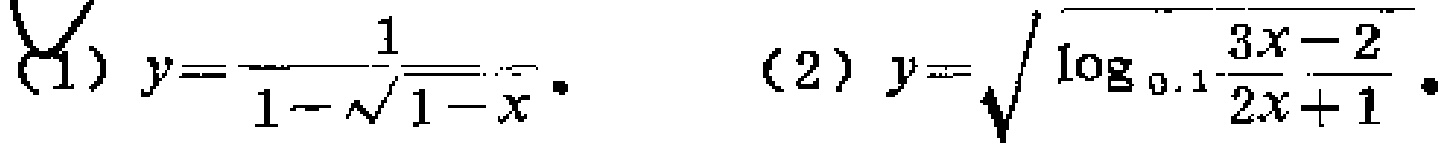
(1) \(y = \frac{1}{1 - \sqrt{1 - x}}\)  (2) \(y=\sqrt{\log_{0.1}\frac{3x - 2}{2x + 1}}\)